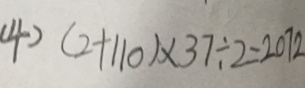
( 4 ) ( 2 + 1 1 0 ) \times 3 7 \div 2 = 2 0 7 2